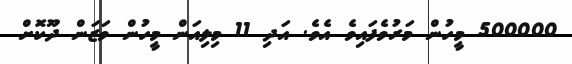
500000 މީހުން މަރުވެފައިވެ އެވެ. އަދި 11 މިލިއަން މީހުން ވަޒަން ދޫކޮށް